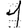
Digit: 1